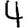
Digit: 4